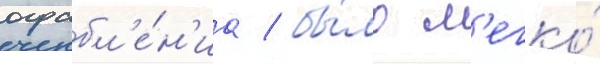
ограбл'е́н'иа / бы́ло л'егко́